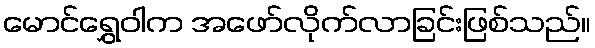
မောင်ရွှေဝါက အဖော်လိုက်လာခြင်းဖြစ်သည်။